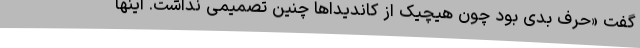
گفت «حرف بدی بود چون هیچیک از کاندیداها چنین تصمیمی نداشت. اینها